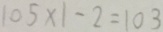
1 0 5 \times 1 - 2 = 1 0 3